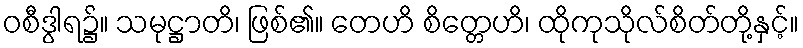
ဝစီဒွါရ၌။ သမုဋ္ဌာတိ၊ ဖြစ်၏။ တေဟိ စိတ္တေဟိ၊ ထိုကုသိုလ်စိတ်တို့နှင့်။